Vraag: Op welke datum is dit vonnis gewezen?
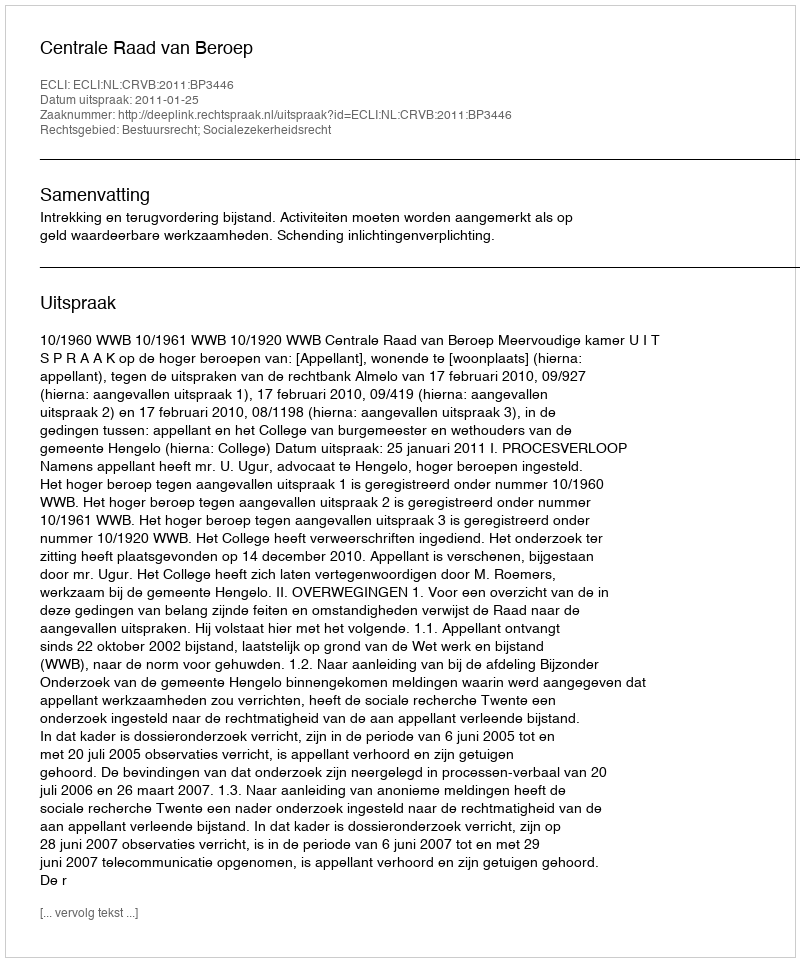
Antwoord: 2011-01-25